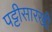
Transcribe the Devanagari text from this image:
पट्टीसारखी